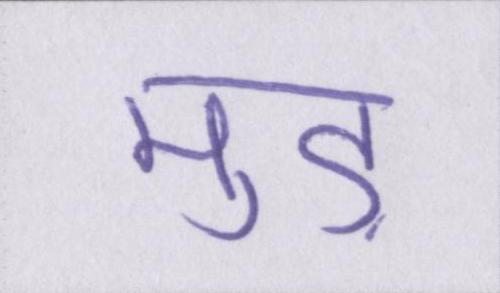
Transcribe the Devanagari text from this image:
मुड़